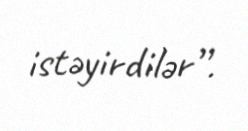
istəyirdilər”.